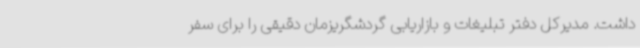
داشت. مدیرکل دفتر تبلیغات و بازاریابی گردشگریزمان دقیقی را برای سفر